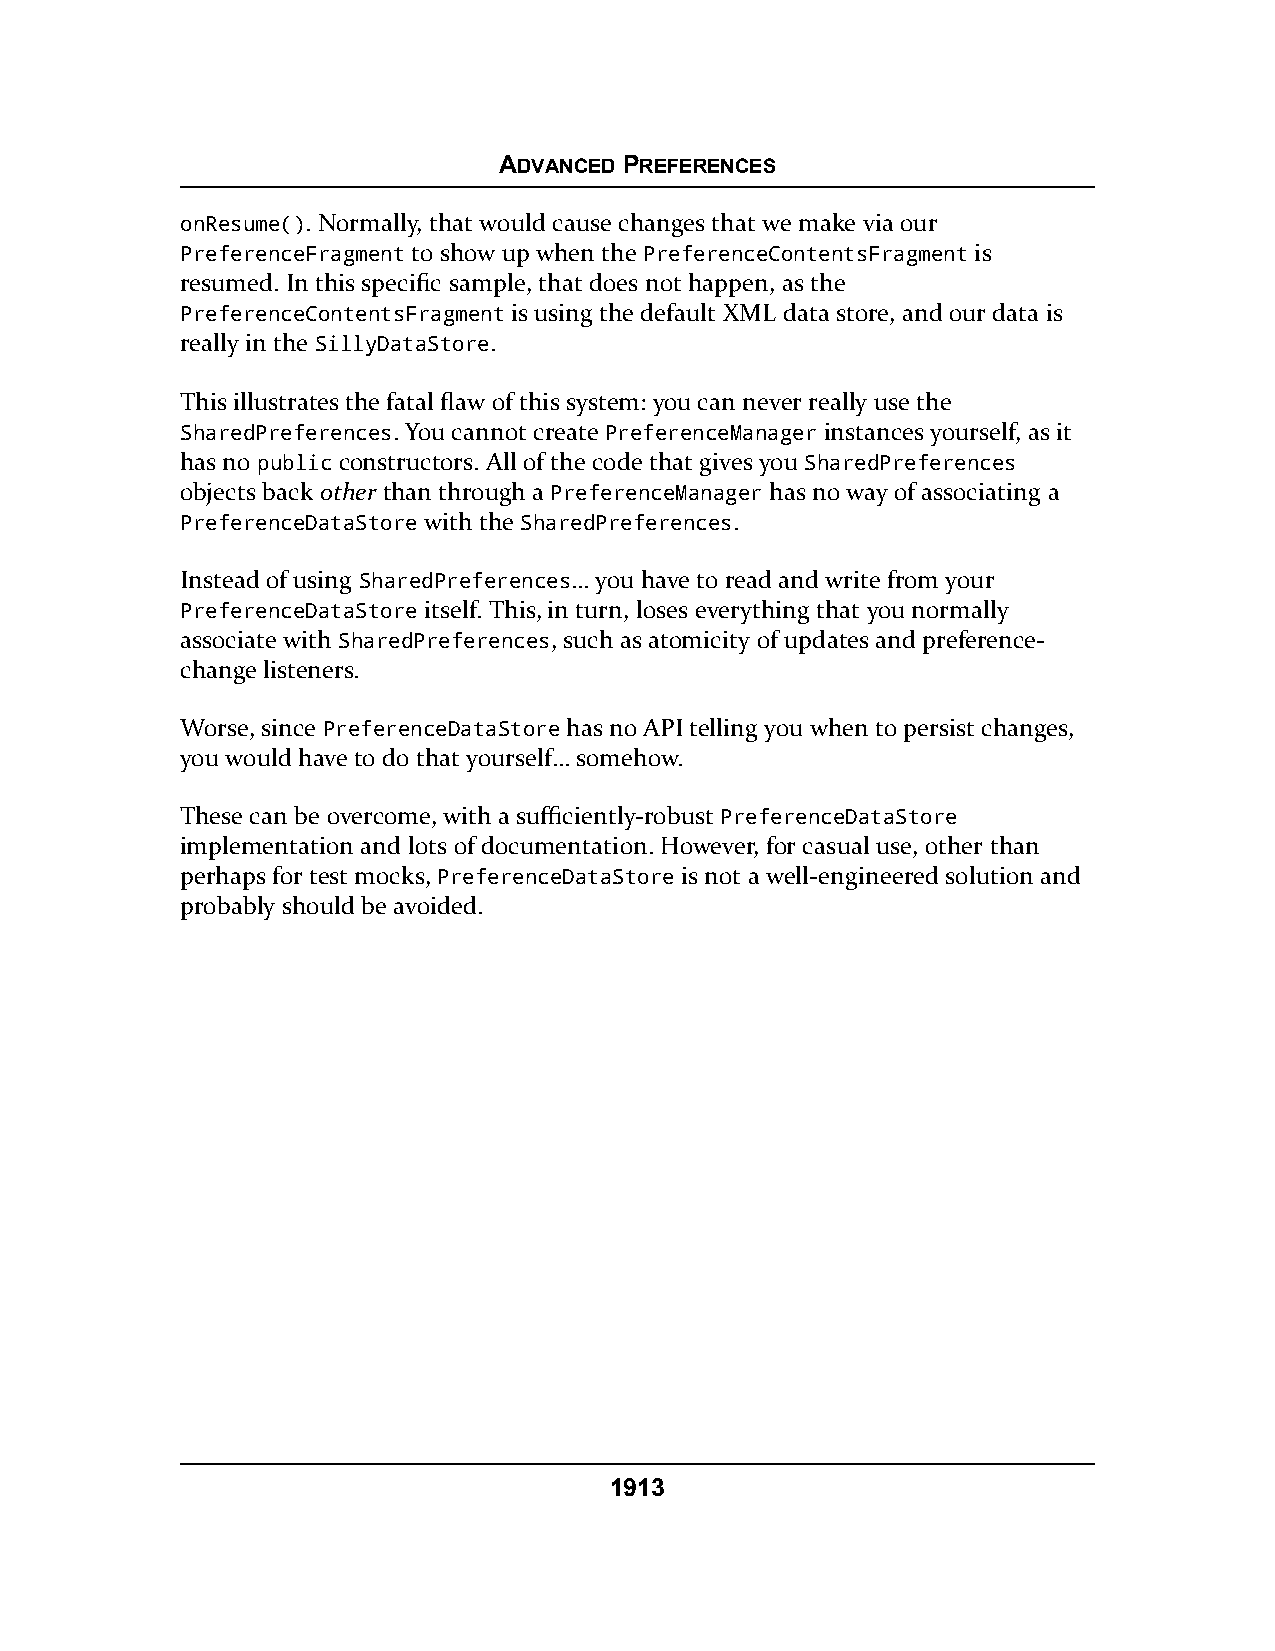
ADVANCED PREFERENCES
 onResume(). Normally, that would cause changes that we make via our
 PreferenceFragment to show up when the PreferenceContentsFragment is
 resumed. In this specific sample, that does not happen, as the
 PreferenceContentsFragment is using the default XML data store, and our data is
 really in the SillyDataStore.
 This illustrates the fatal flaw of this system: you can never really use the
 SharedPreferences. You cannot create PreferenceManager instances yourself, as it
 has no public constructors. All of the code that gives you SharedPreferences
 objects back other than through a PreferenceManager has no way of associating a
 PreferenceDataStore with the SharedPreferences.
 Instead of using SharedPreferences… you have to read and write from your
 PreferenceDataStore itself. This, in turn, loses everything that you normally
 associate with SharedPreferences, such as atomicity of updates and preference-
 change listeners.
 Worse, since PreferenceDataStore has no API telling you when to persist changes,
 you would have to do that yourself… somehow.
 These can be overcome, with a sufficiently-robust PreferenceDataStore
 implementation and lots of documentation. However, for casual use, other than
 perhaps for test mocks, PreferenceDataStore is not a well-engineered solution and
 probably should be avoided.
 1913